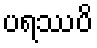
ပရဿပိ